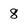
Character: 8